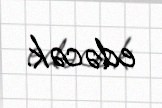
edəcək.